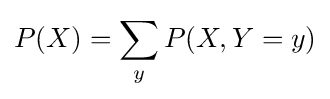
P(X)=\sum _{y}P(X,Y=y)